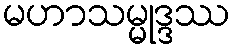
မဟာသမ္မုဒ္ဒဿ